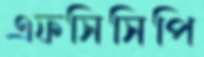
এফসিসিপি